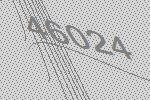
46024